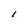
Character: l